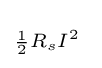
\scriptstyle {1 \over 2}{R_{s}I^{2}}\